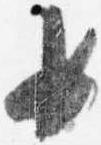
女